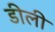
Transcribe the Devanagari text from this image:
डीली